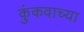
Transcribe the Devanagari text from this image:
कुंकवाच्या